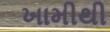
ખામીથી